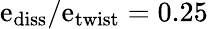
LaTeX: \mathrm{e}_{\mathrm{{diss}}}/\mathrm{e}_{\mathrm{{twist}}}=0.25